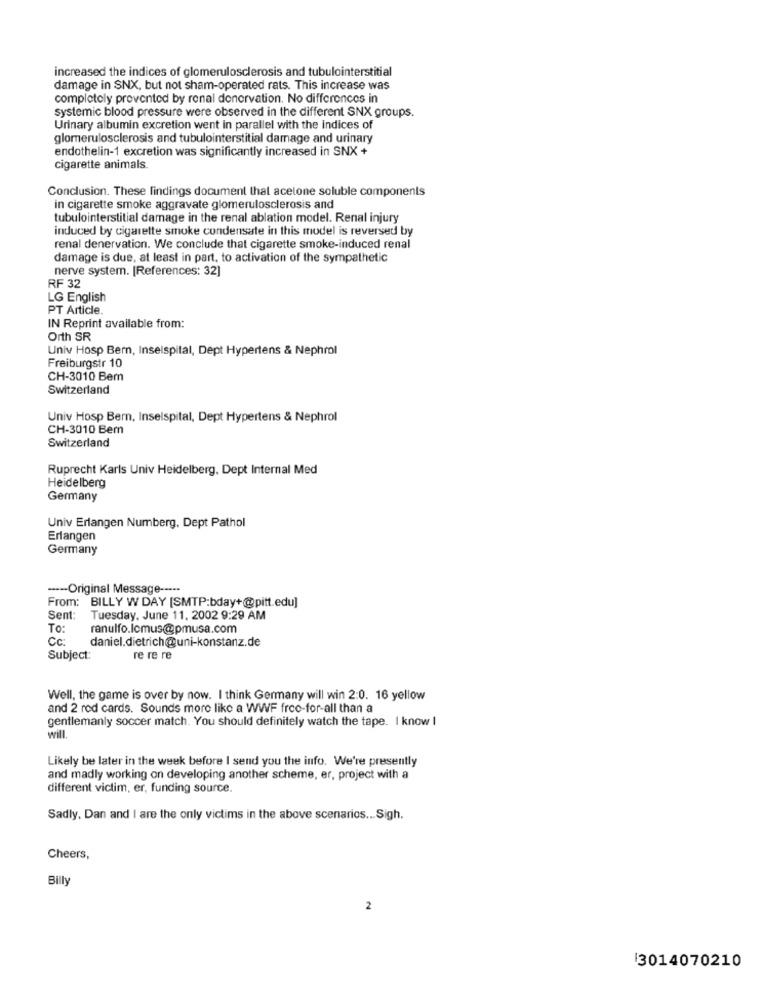
increased the indices of glomerulosclerosis and tubulointerstitial
damage in SNX, but not sham-operated rats. This increase was
completoly provented by renal denervation. No differences in
systemic blood pressure were observed in the different SNX groups.
Urinary albumin excretion went in parallel with the indices of
glomerulosclerosis and tubulointerstitial damage and urinary
endothelin-1 excretion was significantly increased in SNX +
cigarette animals.
Conclusion. These findings document that acetone soluble components
in cigarette smoke aggravate glomerulosclerosis and
tubulointerstitial damage in the renal ablation model. Renal injury
induced by cigarette smoke condensate in this model is reversed by
renal denervation. We conclude that cigarette smoke-induced renal
damage is due, at least in part, to activation of the sympathetic
nerve system. [References: 32]
RF 32
LG English
PT Article.
IN Reprint available from:
Orth SR
Univ Hosp Bern, Inselspital, Dept Hypertens & Nephrol
Freiburgstr 10
CH-3010 Bern
Switzerland
Univ Hosp Bern, Inselspital, Dept Hypertens & Nephrol
CH-3010 Bern
Switzerland
Ruprecht Karls Univ Heidelberg, Dept Internal Med
Heidelberg
Germany
Univ Erlangen Numberg, Dept Pathol
Erlangen
Germany
---- Original Message -----
From: BILLY W DAY [SMTP:bday+@pitt.edu]
Sent: Tuesday, June 11. 2002 9:29 AM
To:
ranulfo.lcmus@pmusa.com
Cc:
daniel.dietrich@uni-konstanz.de
Subject:
re re re
Well, the game is over by now. I think Germany will win 2:0. 16 yellow
and 2 rod cards. Sounds more like a WWF free-for-all than a
gentlemanly soccer match. You should definitely watch the tape. I know I
will.
Likely be later in the week before I send you the info. We're presently
and madly working on developing another scheme, er, project with a
different victim, er, funding source.
Sadly, Dan and I are the only victims in the above scenarios ... Sigh.
Cheers,
Billy
2
3014070210